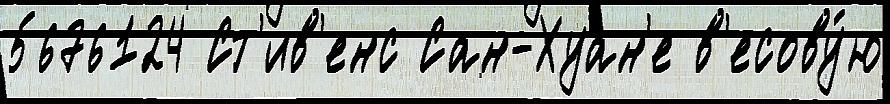
5676124 Ст'ив'енс Сан-Хуан'е в'есову́ю